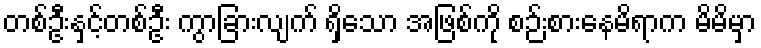
တစ်ဦးနှင့်တစ်ဦး ကွာခြားလျက် ရှိသော အဖြစ်ကို စဉ်းစားနေမိရာက မိမိမှာ